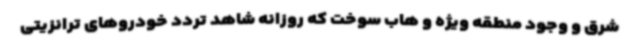
شرق و وجود منطقه ویژه و هاب سوخت که روزانه شاهد تردد خودروهای ترانزیتی